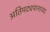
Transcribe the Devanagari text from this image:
अतिमद्यपानाच्या